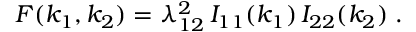
F ( k _ { 1 } , k _ { 2 } ) = \lambda _ { 1 2 } ^ { 2 } \, I _ { 1 1 } ( k _ { 1 } ) \, I _ { 2 2 } ( k _ { 2 } ) \; .